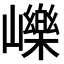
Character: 𡾒